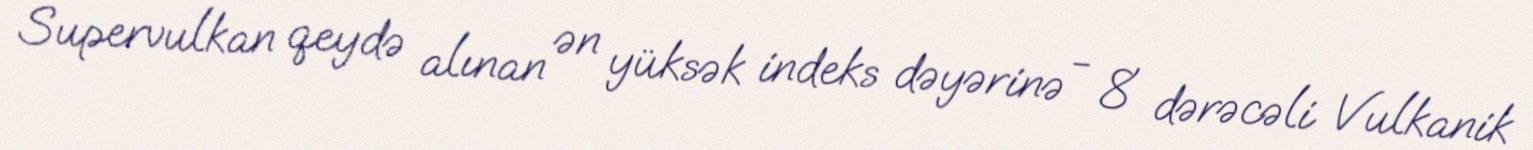
Supervulkan qeydə alınan ən yüksək indeks dəyərinə - 8 dərəcəli Vulkanik